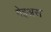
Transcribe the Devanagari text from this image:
गेइअस